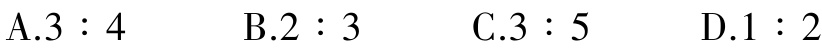
A.$3:4$  B.$2:3$  C.$3:5$  D.$1:2$